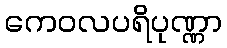
ကေဝလပရိပုဏ္ဏာ